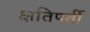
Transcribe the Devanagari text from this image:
क्षतिपर्ती